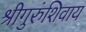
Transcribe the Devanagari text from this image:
श्रीगुरुंशिवाय